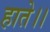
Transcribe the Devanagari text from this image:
हाते।।